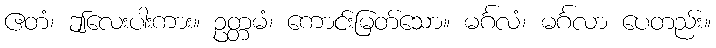
ဧတံ၊ ဤလေးပါးကား။ ဥတ္တမံ၊ ကောင်းမြတ်သော။ မင်္ဂလံ၊ မင်္ဂလာ ပေတည်း။